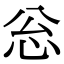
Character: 忩